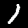
Label: 1